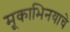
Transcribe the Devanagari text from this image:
मूकाभिनयाचे